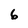
Character: 6